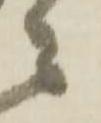
ニ